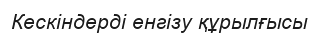
Кескіндердi енгізу құрылғысы